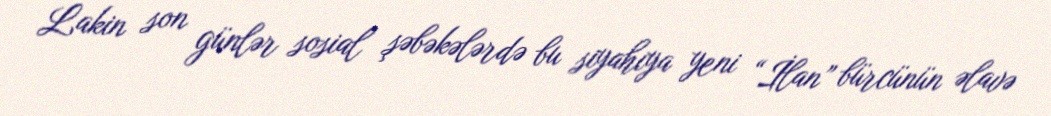
Lakin son günlər sosial şəbəkələrdə bu siyahıya yeni “İlan” bürcünün əlavə